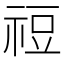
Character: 䄈